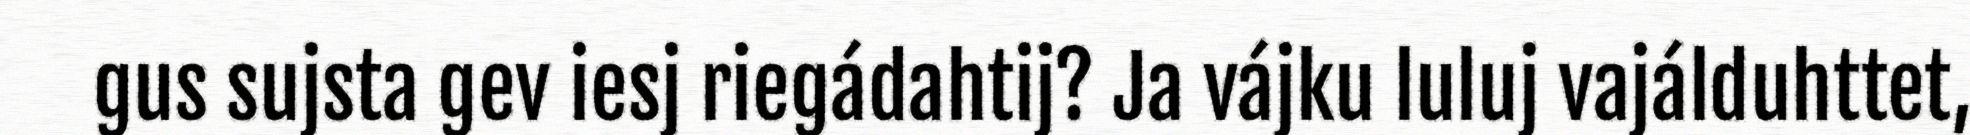
gus sujsta gev iesj riegádahtij? Ja vájku luluj vajálduhttet,